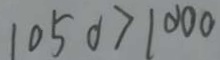
1 0 5 0 > 1 0 0 0